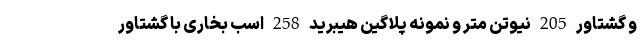
و گشتاور 205 نیوتن متر و نمونه پلاگین هیبرید 258 اسب بخاری با گشتاور